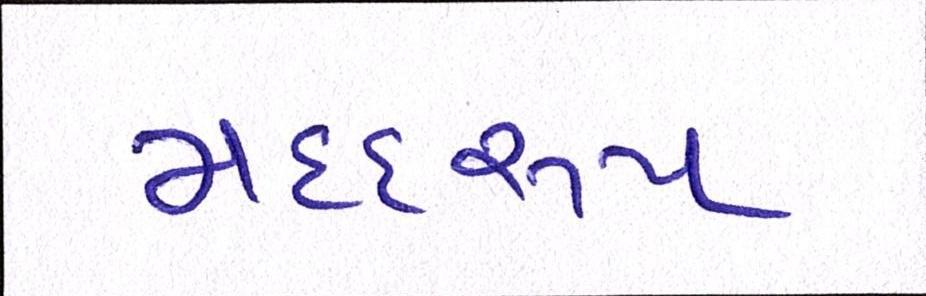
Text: મદદરુપ